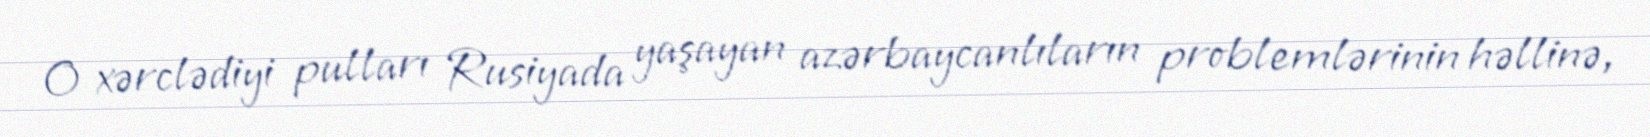
O xərclədiyi pulları Rusiyada yaşayan azərbaycanlıların problemlərinin həllinə,